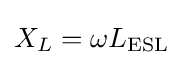
X_{L}=\omega L_{\mathrm {ESL} }